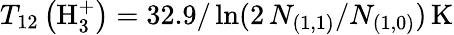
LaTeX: T_{12}\left(\mathrm{H}_{3}^{+}\right)=32.9/\ln(2\, N_{(1,1)}/N_{(1,0)})\, \mathrm{K}